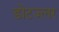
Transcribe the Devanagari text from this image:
डोटज्लर